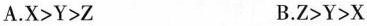
A.X>Y>Z B.Z>Y>X